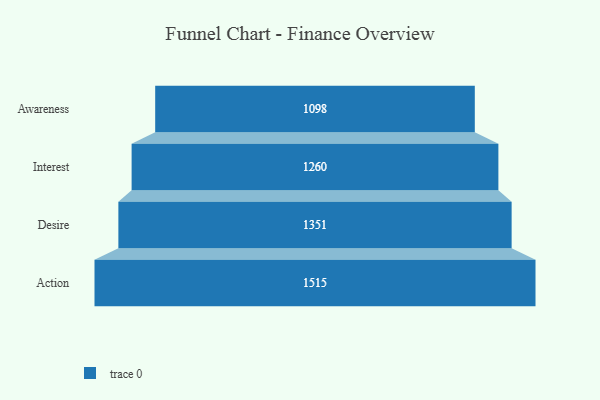
{"axis": {"x": "Stage", "y": "Value"}, "legend": [""], "data": [{"x": "Awareness", "y": 1098.0, "type": ""}, {"x": "Interest", "y": 1260.0, "type": ""}, {"x": "Desire", "y": 1351.0, "type": ""}, {"x": "Action", "y": 1515.0, "type": ""}]}